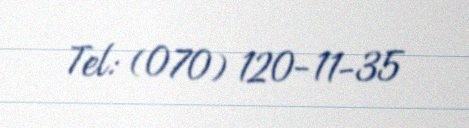
Tel: (070) 120-11-35